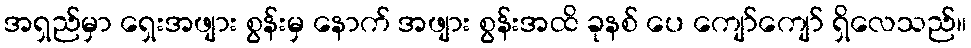
အရှည်မှာ ရှေးအဖျား စွန်းမှ နောက် အဖျား စွန်းအထိ ခုနစ် ပေ ကျော်ကျော် ရှိလေသည်။